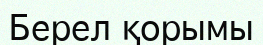
Берел қорымы